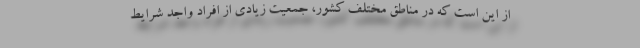
از این است که در مناطق مختلف کشور، جمعیت زیادی از افراد واجد شرایط